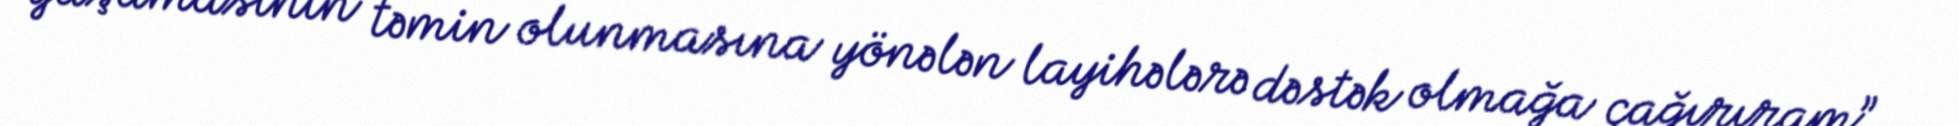
yaşamasının təmin olunmasına yönələn layihələrə dəstək olmağa çağırıram”.